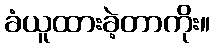
ခံယူထားခဲ့တာကိုး။